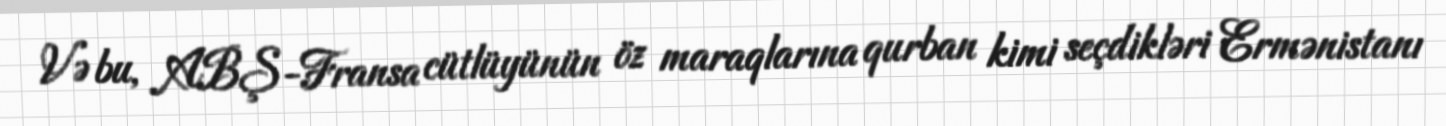
Və bu, ABŞ-Fransa cütlüyünün öz maraqlarına qurban kimi seçdikləri Ermənistanı